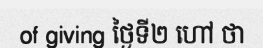
of giving ថ្ងៃទី២ ហៅ ថា